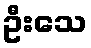
ဦးသေ